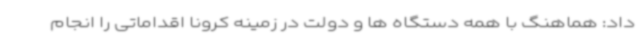
داد: هماهنگ با همه دستگاه ها و دولت در زمینه کرونا اقداماتی را انجام